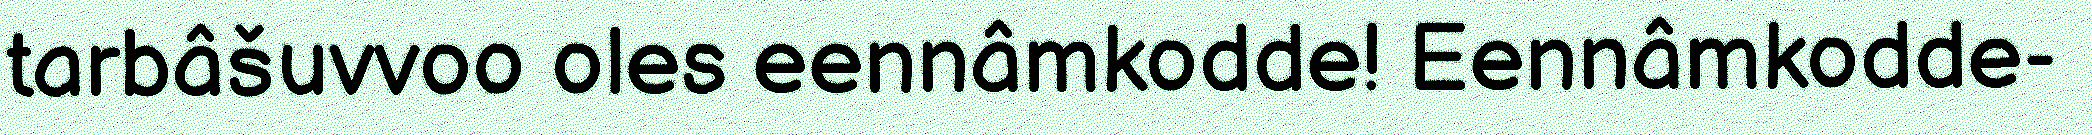
tarbâšuvvoo oles eennâmkodde! Eennâmkodde-